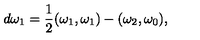
d \omega _ { 1 } = { \frac { 1 } { 2 } } ( \omega _ { 1 } , \omega _ { 1 } ) - ( \omega _ { 2 } , \omega _ { 0 } ) ,